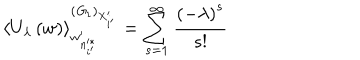
\left\langle U _ { \lambda } \left( w \right) \right\rangle _ { w _ { n _ { i ^ { \prime } } ^ { * } } ^ { \prime } } ^ { \left( { \it G } _ { 1 } \right) _ { X _ { i ^ { \prime } } ^ { \prime } } } = \sum _ { s = 1 } ^ { \infty } \frac { \left( - \lambda \right) ^ { s } } { s ! }